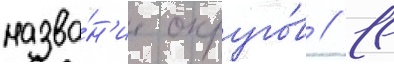
назва́н'ие округо́в // 11